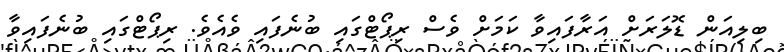
ބިލިއަން ޑޮލަރަށް އަރާފައިވާ ކަމަށް ވެސް ރިޕޯޓްގައި ބުނެފައި ވެއެވެ. ރިޕޯޓްގައި ބުނެފައިވާ